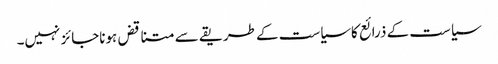
سیاست کے ذرائع کاسیاست کے طریقے سے متناقض ہوناجائز نہیں۔